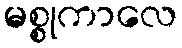
မစ္စုကာလေ